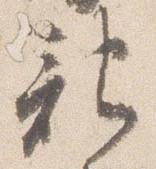
記